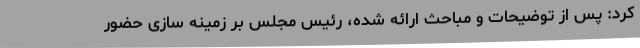
کرد: پس از توضیحات و مباحث ارائه شده، رئیس مجلس بر زمینه سازی حضور